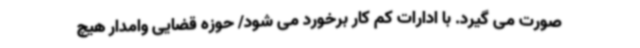
صورت می گیرد. با ادارات کم کار برخورد می شود/ حوزه قضایی وامدار هیچ